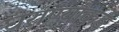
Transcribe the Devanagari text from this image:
घराण्यांकडे